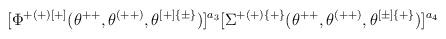
LaTeX: \begin{align*}[\Phi^{+(+)[+]}(\theta^{++},\theta^{(++)},\theta^{[+]\{\pm\}})]^{a_3} [\Sigma^{+(+)\{+\}}(\theta^{++},\theta^{(++)},\theta^{[\pm]\{+\}})]^{a_4}\end{align*}